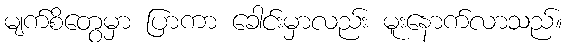
မျက်စိတွေမှာ ပြာကာ ခေါင်းမှာလည်း မူးနောက်လာသည်။